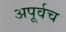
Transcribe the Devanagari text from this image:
अपूर्वच